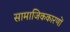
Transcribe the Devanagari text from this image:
सामाजिककारणों